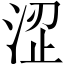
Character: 涩